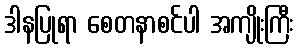
ဒါနပြုရာ စေတနာစင်ပါ အကျိုးကြီး